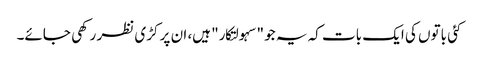
کئی باتوں کی ایک بات کہ یہ جو "سہولتکار" ہیں، ان پر کڑی نظر رکھی جائے۔